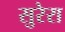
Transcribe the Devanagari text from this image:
सुरेरा